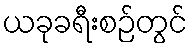
ယခုခရီးစဉ်တွင်